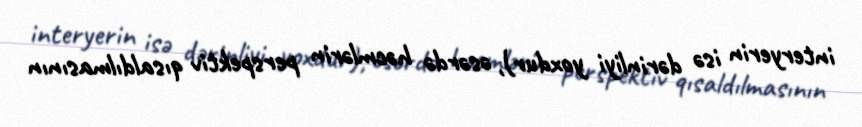
interyerin isə dərinliyi yoxdur), əsərdə həcmlərin perspektiv qısaldılmasının